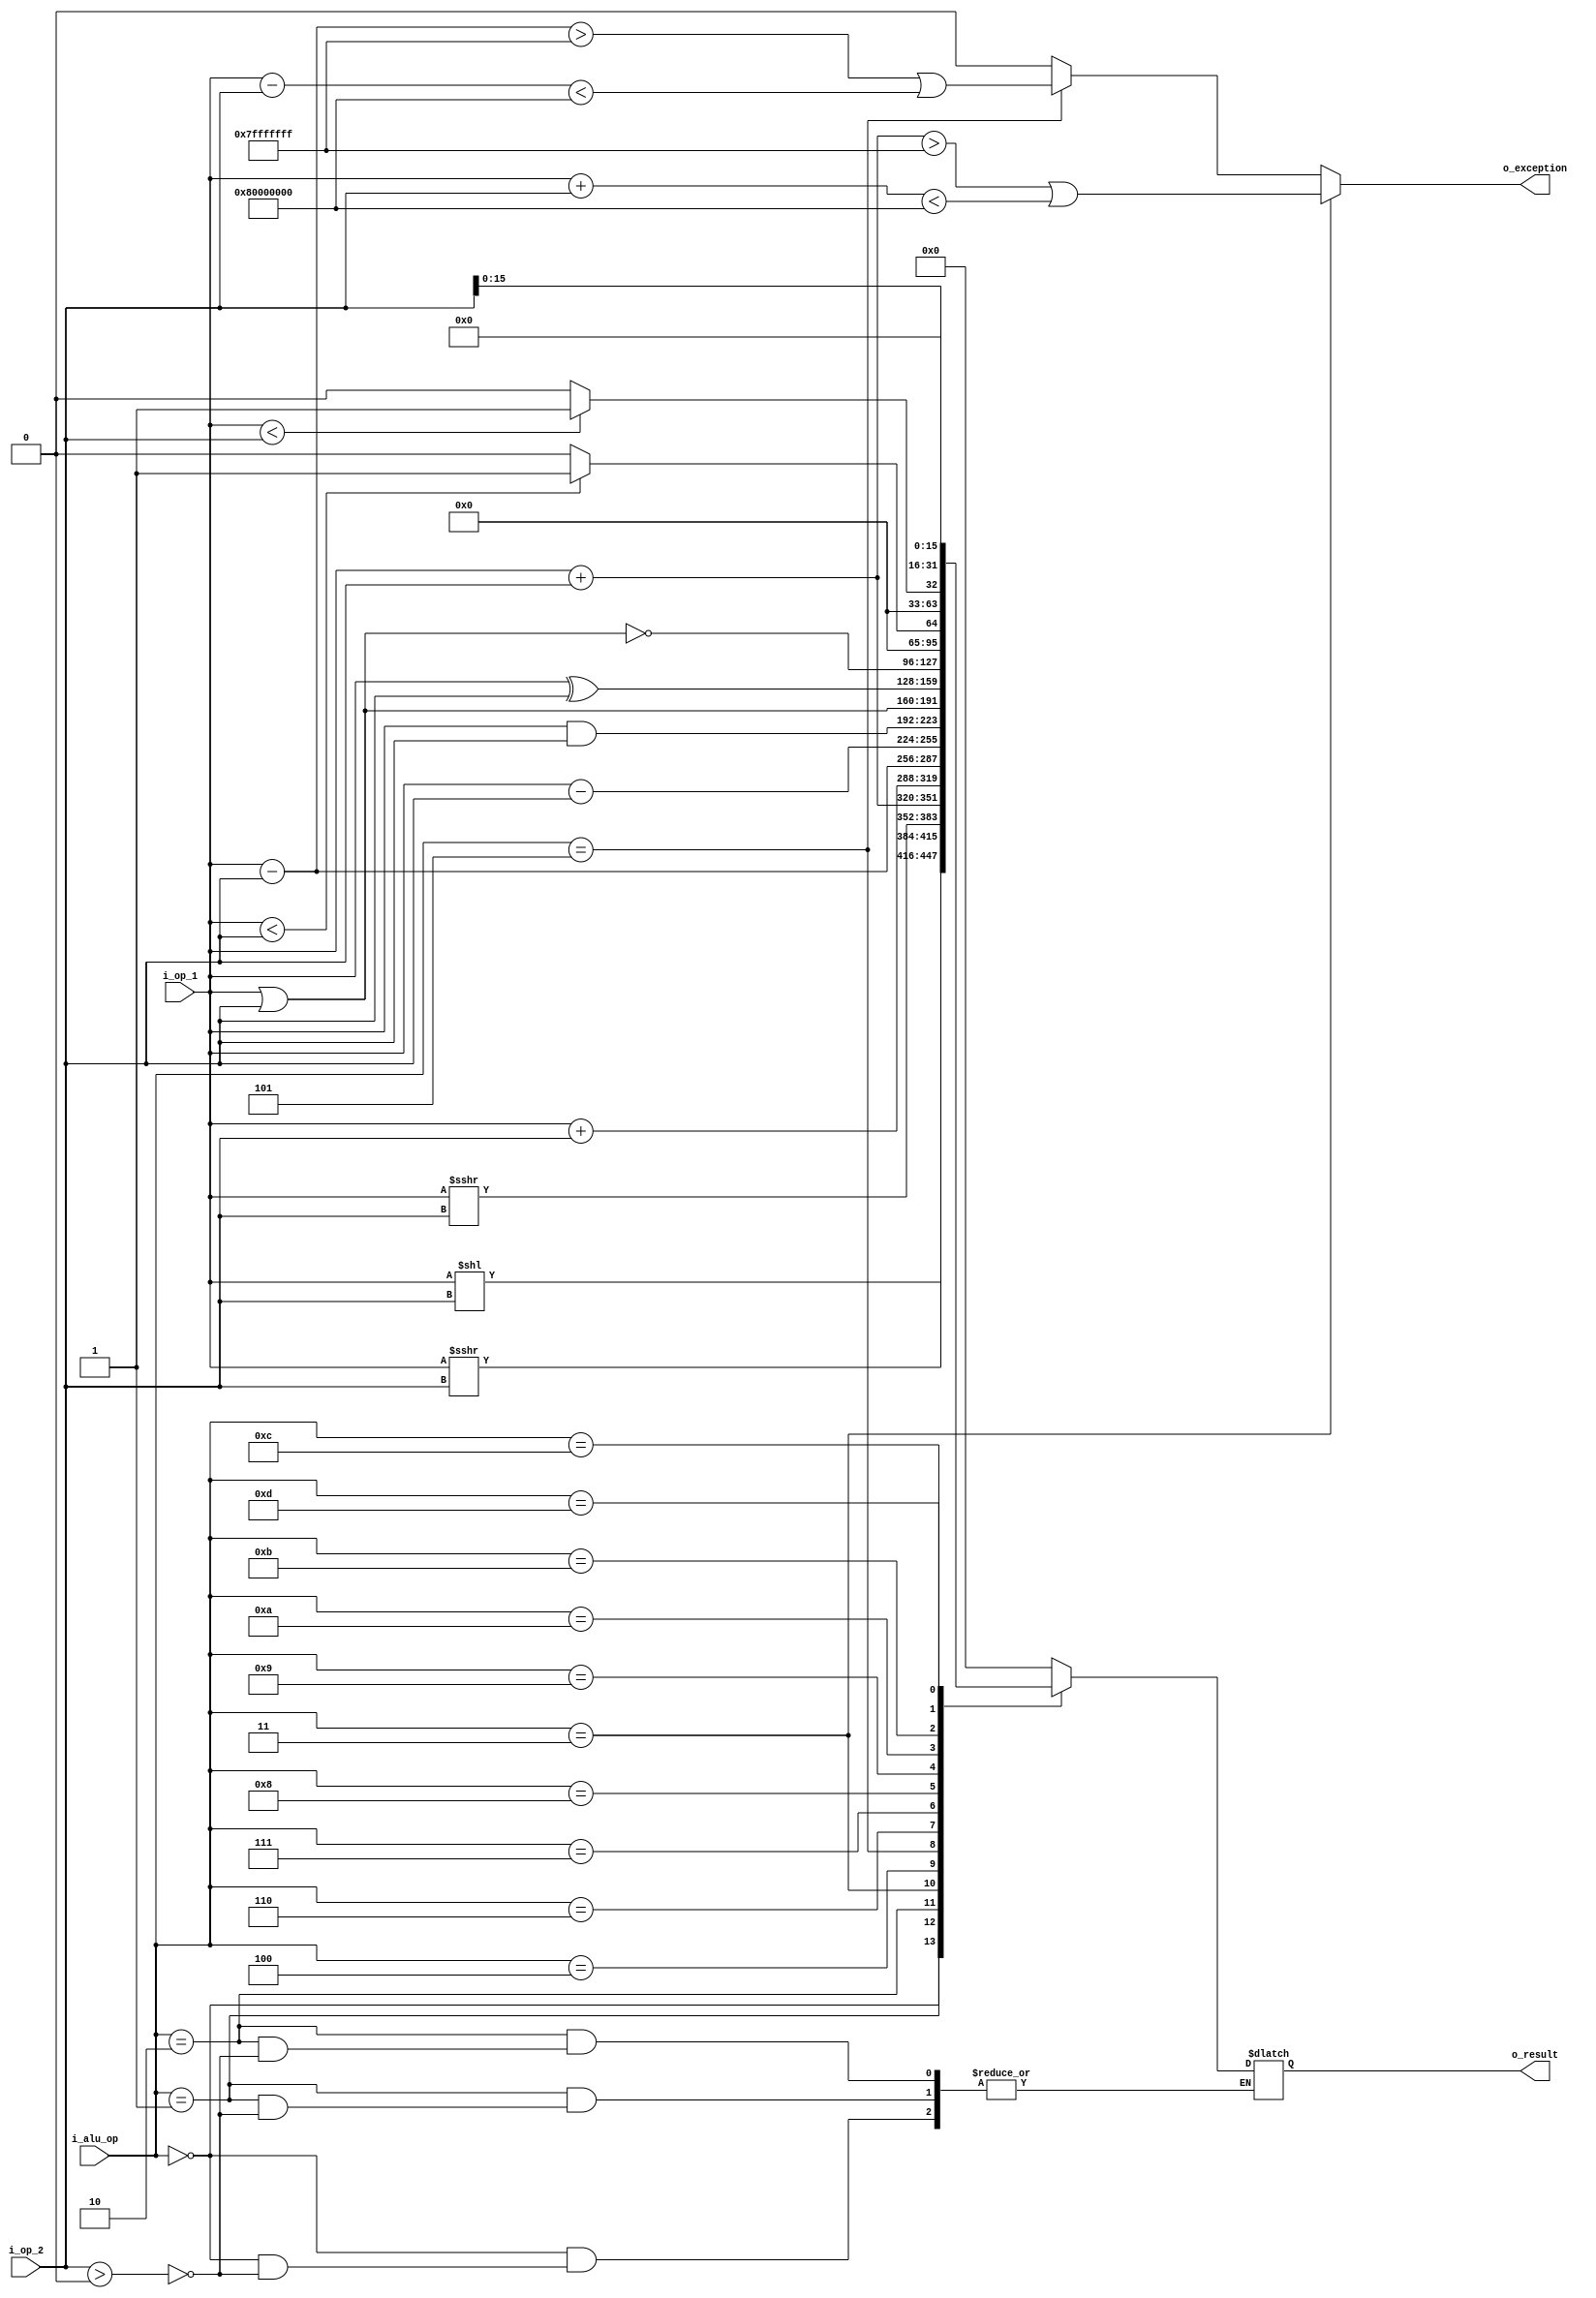
/////////////////////////////////////////////////////////////////////
//
//
//
//
//
/////////////////////////////////////////////////////////////////////







module alu (
    i_op_1,
    i_op_2,
    i_alu_op,
    o_exception,
    o_result
);


input [31:0] i_op_1;
input [31:0] i_op_2;
input [3:0] i_alu_op;
output [0:0] o_exception;
reg [0:0] o_exception;
output signed [31:0] o_result;
wire signed [31:0] o_result;

reg signed [31:0] w_result;



always @(i_op_2, i_op_1, i_alu_op) begin
    case (i_alu_op)
        'h0: begin
            if ((i_op_2 > 0)) begin
                w_result = (i_op_1 << i_op_2);
            end
        end
        'h1: begin
            if ((i_op_2 > 0)) begin
                w_result = (i_op_1 >>> i_op_2);
            end
        end
        'h2: begin
            if ((i_op_2 > 0)) begin
                w_result = $signed($signed(i_op_1) >>> i_op_2);
            end
        end
        'h3: begin
            w_result = ($signed(i_op_1) + $signed(i_op_2));
        end
        'h4: begin
            w_result = (i_op_1 + i_op_2);
        end
        'h5: begin
            w_result = ($signed(i_op_1) - $signed(i_op_2));
        end
        'h6: begin
            w_result = (i_op_1 - i_op_2);
        end
        'h7: begin
            w_result = (i_op_1 & i_op_2);
        end
        'h8: begin
            w_result = (i_op_1 | i_op_2);
        end
        'h9: begin
            w_result = (i_op_1 ^ i_op_2);
        end
        'ha: begin
            w_result = (~(i_op_1 | i_op_2));
        end
        'hb: begin
            if (($signed(i_op_1) < $signed(i_op_2))) begin
                w_result = 1;
            end
            else begin
                w_result = 0;
            end
        end
        'hc: begin
            if ((i_op_1 < i_op_2)) begin
                w_result = 1;
            end
            else begin
                w_result = 0;
            end
        end
        'hd: begin
            w_result = (i_op_2 << 16);
        end
        default: begin
            w_result = 0;
        end
    endcase
end
always@(*) begin
    o_exception = 1'b0;
    if(i_alu_op == 'h3) begin
        o_exception = ($signed(i_op_1) + $signed(i_op_2) > 2147483647)||($signed(i_op_1) + $signed(i_op_2) < -2147483648);
    end else if(i_alu_op=='h5) begin
        o_exception = ($signed(i_op_1) - $signed(i_op_2) > 2147483647)||($signed(i_op_1) - $signed(i_op_2) < -2147483648);
    end
end

assign o_result = w_result;

endmodule